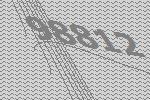
98812